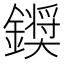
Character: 𮣗